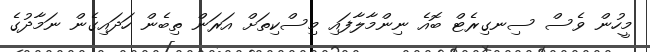
މީހުން ވެސް ސިނގިރެޓް ބޮއެ ނިންމާލާފައި މިސްކިތަށް އަރަން ތިބެން ހަދައިގެން ނަމާދުގެ